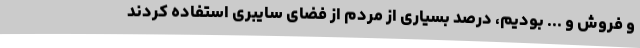
و فروش و ... بودیم، درصد بسیاری از مردم از فضای سایبری استفاده کردند